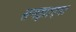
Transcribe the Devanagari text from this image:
समझाएगा